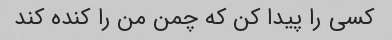
کسی را پیدا کن که چمن من را کنده کند